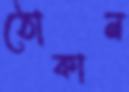
ঠোকান